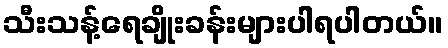
သီးသန့်ရေချိုးခန်းများပါရပါတယ်။